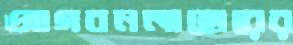
আগবনলাহোরের